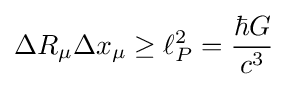
\Delta R_{\mu }\Delta x_{\mu }\geq \ell _{P}^{2}={\frac {\hbar G}{c^{3}}}